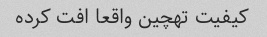
کیفیت تهچین واقعا افت کرده